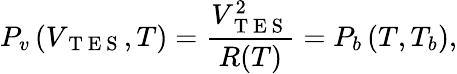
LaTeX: P_{v}\left(V_{\mathrm{~T~E~S~}},T\right)=\frac{V_{\mathrm{~T~E~S~}}^{2}}{R(T)}=P_{b}\left(T,T_{b}\right),